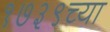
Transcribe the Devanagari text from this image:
१७३९च्या